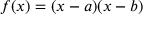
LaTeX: f ( x ) = ( x - a ) ( x - b )